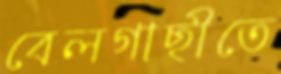
বেলগাছীতে